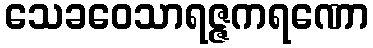
သေခဝေသာရဇ္ဇကရဏော